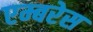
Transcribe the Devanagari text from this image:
एम्बरेस